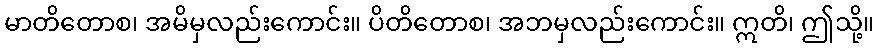
မာတိတောစ၊ အမိမှလည်းကောင်း။ ပိတိတောစ၊ အဘမှလည်းကောင်း။ ဣတိ၊ ဤသို့။